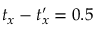
t _ { x } - t _ { x } ^ { \prime } = 0 . 5